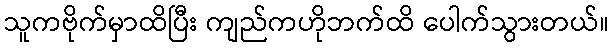
သူကဗိုက်မှာထိပြီး ကျည်ကဟိုဘက်ထိ ပေါက်သွားတယ်။